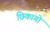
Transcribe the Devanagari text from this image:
छिकागो